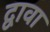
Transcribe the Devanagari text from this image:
द्वावा